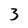
Character: 3